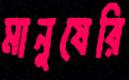
মানুষেরি